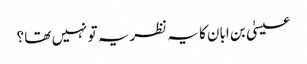
عیسیٰ بن ابان کا یہ نظریہ تو نہیں تھا ؟